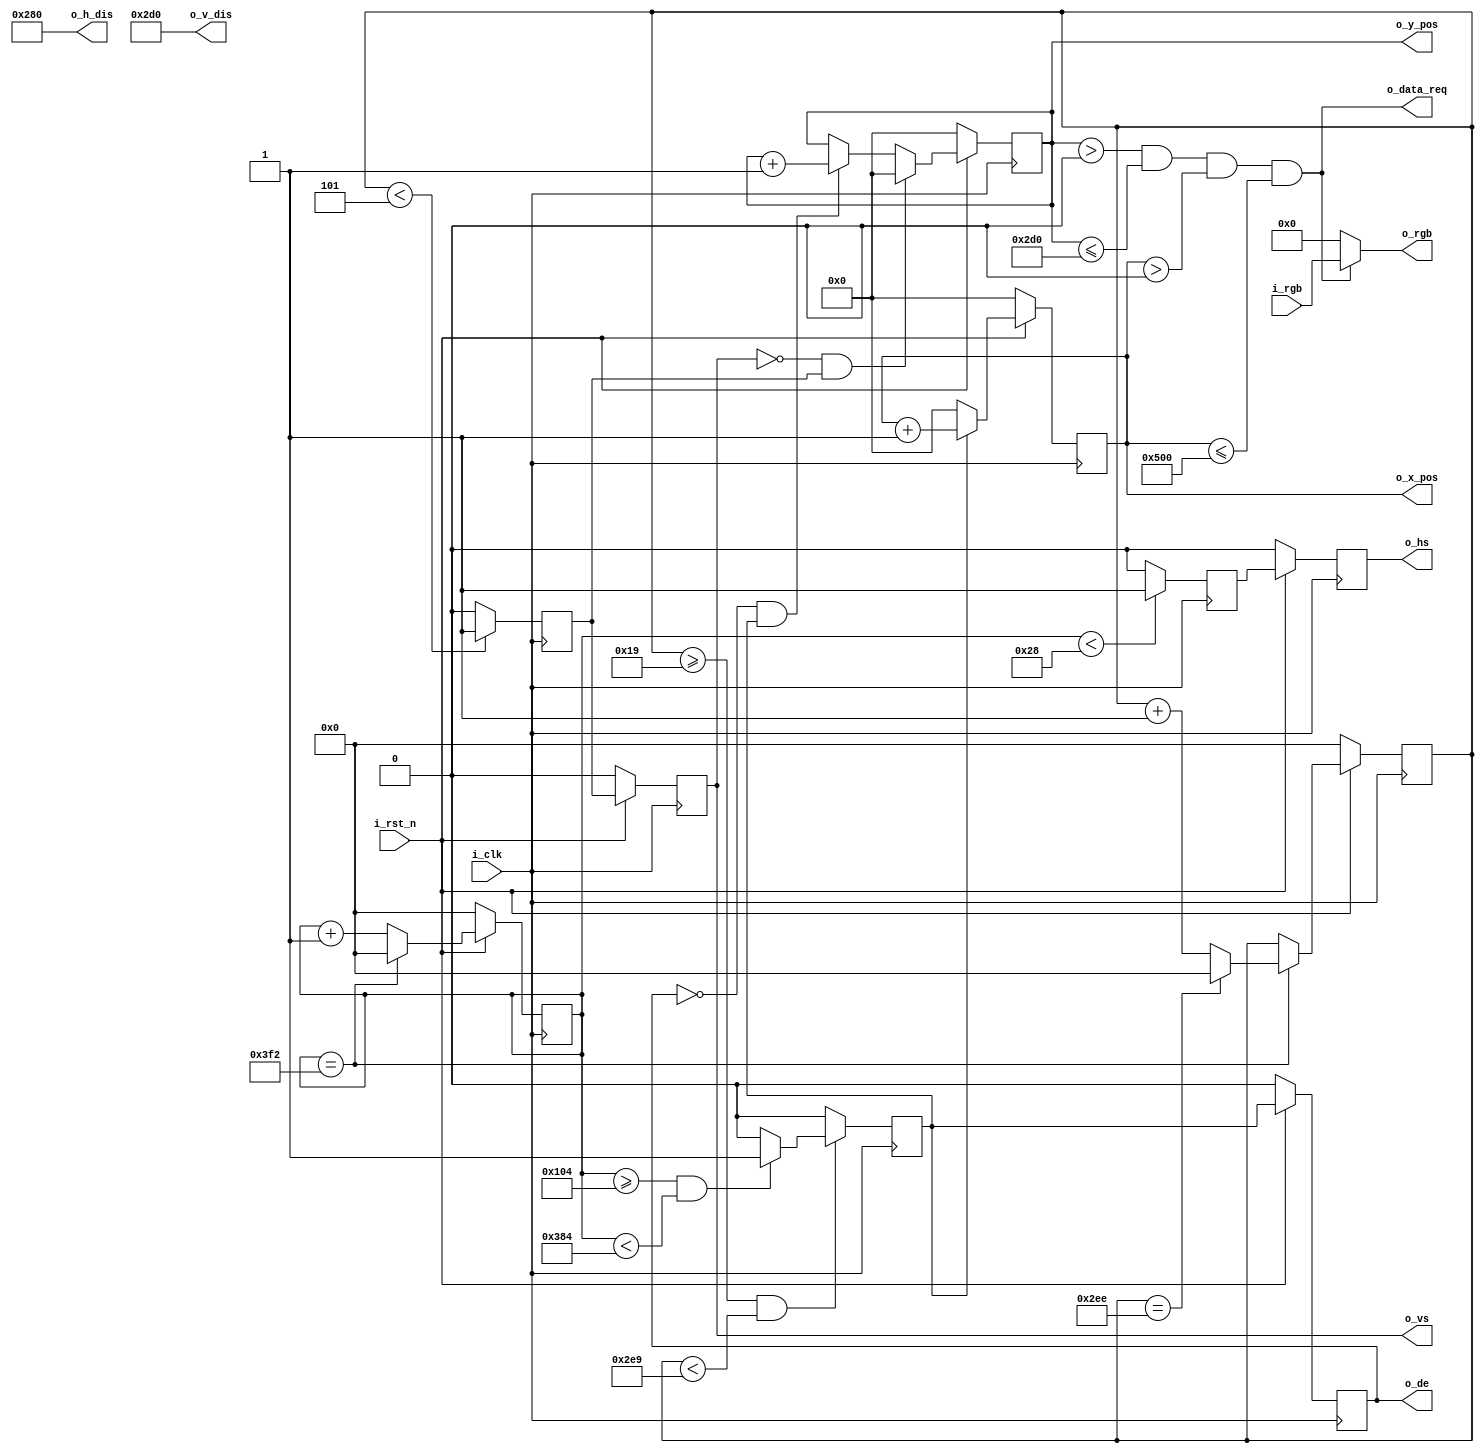
`timescale 1ns / 1ps

// `define COLOR_VIDEO_1920_1080
// `define COLOR_VIDEO_1680_1050
// `define COLOR_VIDEO_1280_1024
`define COLOR_VIDEO_1280_720
// `define COLOR_VIDEO_1024_768
// `define COLOR_VIDEO_800_600
// `define COLOR_VIDEO_640_480
module video_timing_color #(
	parameter VIDEO_H       = 1280,
	parameter VIDEO_V       = 720 ,
	parameter VIDEO_START_X = 0   ,
	parameter VIDEO_START_Y = 0   
) (
	input	wire		i_clk     ,	
	input   wire        i_rst_n   , 
	input   wire [23:0] i_rgb     ,
	output	reg			o_hs      ,
	output	reg			o_vs      ,
	output	reg			o_de      ,
	output  wire [23:0] o_rgb     ,
	output  wire        o_data_req,
	output  wire [10:0] o_h_dis   ,
	output  wire [10:0] o_v_dis   ,
	output	reg  [10:0]	o_x_pos   ,
	output	reg  [10:0] o_y_pos   
);

//1920x1080 148.5Mhz
`ifdef  COLOR_VIDEO_1920_1080
localparam  H_ACTIVE 		= 1920;// 
localparam  H_FRONT_PORCH 	= 88;  // 
localparam  H_SYNC_TIME 		= 44;  // 
localparam  H_BACK_PORCH 	= 148; //  
localparam  H_POLARITY       = 1;   //                                    
localparam  V_ACTIVE 		= 1080;// 
localparam  V_FRONT_PORCH 	= 4;   // 
localparam  V_SYNC_TIME  	= 5;   // 
localparam  V_BACK_PORCH 	= 36;  // 
localparam  V_POLARITY       = 1;   // 
`endif

//1680x1050 119Mhz
`ifdef  COLOR_VIDEO_1680_1050
localparam  H_ACTIVE 		= 1680;// 
localparam  H_FRONT_PORCH 	= 48;  // 
localparam  H_SYNC_TIME 		= 32;  // 
localparam  H_BACK_PORCH 	= 80;  //                                  
localparam  V_ACTIVE 		= 1050;// 
localparam  V_FRONT_PORCH 	= 3;   // 
localparam  V_SYNC_TIME  	= 6;   // 
localparam  V_BACK_PORCH 	= 21;  // 
`endif

//1280x1024 108Mhz
`ifdef  COLOR_VIDEO_1280_1024
localparam  H_ACTIVE 		= 1280;// 
localparam  H_FRONT_PORCH 	= 48;  // 
localparam  H_SYNC_TIME 		= 112; // 
localparam  H_BACK_PORCH 	= 248; //                                    
localparam  V_ACTIVE 		= 1024;// 
localparam  V_FRONT_PORCH 	= 1;   // 
localparam  V_SYNC_TIME  	= 3;   // 
localparam  V_BACK_PORCH 	= 38;  // 
`endif

//1280X720 74.25MHZ
`ifdef  COLOR_VIDEO_1280_720
localparam  H_ACTIVE 		= 640;// 
localparam  H_FRONT_PORCH 	= 110; // 
localparam  H_SYNC_TIME 		= 40;  // 
localparam  H_BACK_PORCH 	= 220; //     
localparam  H_POLARITY       = 1;   //                                     
localparam  V_ACTIVE 		= 720; // 
localparam  V_FRONT_PORCH 	= 5;   // 
localparam  V_SYNC_TIME  	= 5;   // 
localparam  V_BACK_PORCH 	= 20;  // 
localparam  V_POLARITY       = 1;   // 
`endif

//1024x768 65Mhz
`ifdef  COLOR_VIDEO_1024_768
localparam  H_ACTIVE 		= 1024;// 
localparam  H_FRONT_PORCH 	= 24;  // 
localparam  H_SYNC_TIME 		= 136; // 
localparam  H_BACK_PORCH 	= 160; //                                        
localparam  V_ACTIVE 		= 768; // 
localparam  V_FRONT_PORCH 	= 3;   // 
localparam  V_SYNC_TIME  	= 6;   // 
localparam  V_BACK_PORCH 	= 29;  // 
`endif

//800x600 40Mhz
`ifdef  COLOR_VIDEO_800_600
localparam  H_ACTIVE 		= 800;// 
localparam  H_FRONT_PORCH 	= 40 ;//  
localparam  H_SYNC_TIME 		= 128;// 
localparam  H_BACK_PORCH 	= 88 ;//                                        
localparam  V_ACTIVE 		= 600;// 
localparam  V_FRONT_PORCH 	= 1  ;//   
localparam  V_SYNC_TIME  	= 4  ;//   
localparam  V_BACK_PORCH 	= 23 ;//  
`endif

//640x480 25.175Mhz
`ifdef  COLOR_VIDEO_640_480
localparam H_ACTIVE 			= 640; // 
localparam H_FRONT_PORCH 	= 16 ; // 
localparam H_SYNC_TIME 		= 96 ; // 
localparam H_BACK_PORCH 		= 48 ; // 
localparam H_POLARITY        = 0;   // 								 
localparam V_ACTIVE 			= 480; // 
localparam V_FRONT_PORCH 	= 10 ; // 
localparam V_SYNC_TIME 		= 2	 ; // 
localparam V_BACK_PORCH 		= 33 ; // 
localparam V_POLARITY        = 0;   // 
`endif

localparam  H_TOTAL_TIME 	= H_ACTIVE + H_FRONT_PORCH + H_SYNC_TIME + H_BACK_PORCH; 
localparam  V_TOTAL_TIME 	= V_ACTIVE + V_FRONT_PORCH + V_SYNC_TIME + V_BACK_PORCH;

assign o_h_dis = H_ACTIVE;
assign o_v_dis = V_ACTIVE;
assign o_data_req = (o_y_pos>VIDEO_START_Y) && (o_y_pos<=VIDEO_START_Y+VIDEO_V) && (o_x_pos>VIDEO_START_X) && (o_x_pos<=VIDEO_START_X+VIDEO_H) ;

reg [12:0] 	h_syn_cnt;
reg [12:0] 	v_syn_cnt;
reg r_hs;
reg r_vs;
reg r_de;
reg r_data_req;
wire p_vs;
wire n_de;
wire p_de;
assign p_de=~o_de&&r_de;
//assign p_de=~r_data_req&&o_data_req;
assign p_vs=~o_vs&&r_vs;

always@(posedge i_clk) begin
	if(~i_rst_n) begin
		o_hs<='d0;
		o_vs<='d0;
		o_de<='d0;	
        r_data_req<='d0;
	end
	else begin
		o_hs<=r_hs;
		o_vs<=r_vs;
		o_de<=r_de;
        r_data_req<=o_data_req;			
	end
end

assign o_rgb= o_data_req? i_rgb: 24'd0;

// 
always@(posedge i_clk) begin
	if(~i_rst_n) h_syn_cnt <= 0;
	else if(h_syn_cnt == H_TOTAL_TIME) h_syn_cnt <= 0;
    else h_syn_cnt <= h_syn_cnt + 1;
end

// 
always@(posedge i_clk) begin
	if(~i_rst_n) v_syn_cnt <= 0;
	else if(h_syn_cnt == H_TOTAL_TIME)
	begin
        if(v_syn_cnt == V_TOTAL_TIME) v_syn_cnt <= 0;
        else v_syn_cnt <= v_syn_cnt + 1;
	end
end

// 
always@(posedge i_clk) begin
    if(h_syn_cnt < H_SYNC_TIME) r_hs <= H_POLARITY;
    else r_hs <= ~H_POLARITY;
end

// 
always@(posedge i_clk) begin
    if(v_syn_cnt < V_SYNC_TIME) r_vs <= V_POLARITY;
    else r_vs <= ~V_POLARITY;
end

// .
always@(posedge i_clk) begin
    if(v_syn_cnt >= V_SYNC_TIME + V_BACK_PORCH && v_syn_cnt < V_SYNC_TIME + V_BACK_PORCH + V_ACTIVE)
    begin
        if(h_syn_cnt >= H_SYNC_TIME + H_BACK_PORCH && 
		h_syn_cnt < H_SYNC_TIME + H_BACK_PORCH + H_ACTIVE) r_de <= 1;
        else r_de <= 0;
    end
    else r_de <= 0;
end

always@(posedge i_clk) begin
	if(~i_rst_n) o_x_pos <= 0;
	else if(r_de) o_x_pos<=o_x_pos+1'b1;
	else o_x_pos <= 0;
end

always@(posedge i_clk) begin
	if(~i_rst_n) o_y_pos <= 0;
	else if(p_vs) o_y_pos <= 0; 
	else if(p_de) o_y_pos <= o_y_pos+1'b1;
end

endmodule